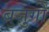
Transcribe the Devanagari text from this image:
बुज़ुगों